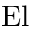
\mathrm { E l }